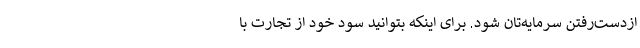
ازدست‌رفتن سرمایه‌تان شود. برای اینکه بتوانید سود خود از تجارت با